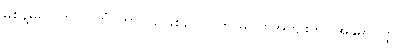
မစွန့်မူ၍။ ကာလိကံ၊ ကာလ၌ဖြစ်သော ကာမဂုဏ်အကျိုးကို။ အနုဓာဝိတ္ထ၊